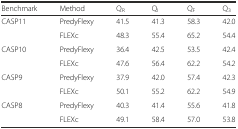
<table><thead><tr><td><b>Benchmark</b></td><td><b>Method</b></td><td><b>Q<sub>R</sub></b></td><td><b>Q<sub>I</sub></b></td><td><b>Q<sub>F</sub></b></td><td><b>Q<sub>3</sub></b></td></tr></thead><tbody><tr><td rowspan="2">CASP11</td><td>PredyFlexy</td><td>41.5</td><td>41.3</td><td>58.3</td><td>42.0</td></tr><tr><td>FLEXc</td><td>48.3</td><td>55.4</td><td>65.2</td><td>54.4</td></tr><tr><td rowspan="2">CASP10</td><td>PredyFlexy</td><td>36.4</td><td>42.5</td><td>53.5</td><td>42.4</td></tr><tr><td>FLEXc</td><td>47.6</td><td>56.4</td><td>62.2</td><td>54.2</td></tr><tr><td rowspan="2">CASP9</td><td>PredyFlexy</td><td>37.9</td><td>42.0</td><td>57.4</td><td>42.3</td></tr><tr><td>FLEXc</td><td>50.1</td><td>55.2</td><td>62.2</td><td>54.9</td></tr><tr><td rowspan="2">CASP8</td><td>PredyFlexy</td><td>40.3</td><td>41.4</td><td>55.6</td><td>41.8</td></tr><tr><td>FLEXc</td><td>49.1</td><td>58.4</td><td>57.0</td><td>53.8</td></tr></tbody></table>